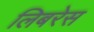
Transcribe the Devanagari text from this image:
लिबरेस